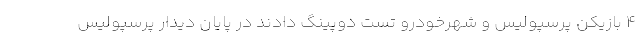
4 بازیکن پرسپولیس و شهرخودرو تست دوپینگ دادند در پایان دیدار پرسپولیس